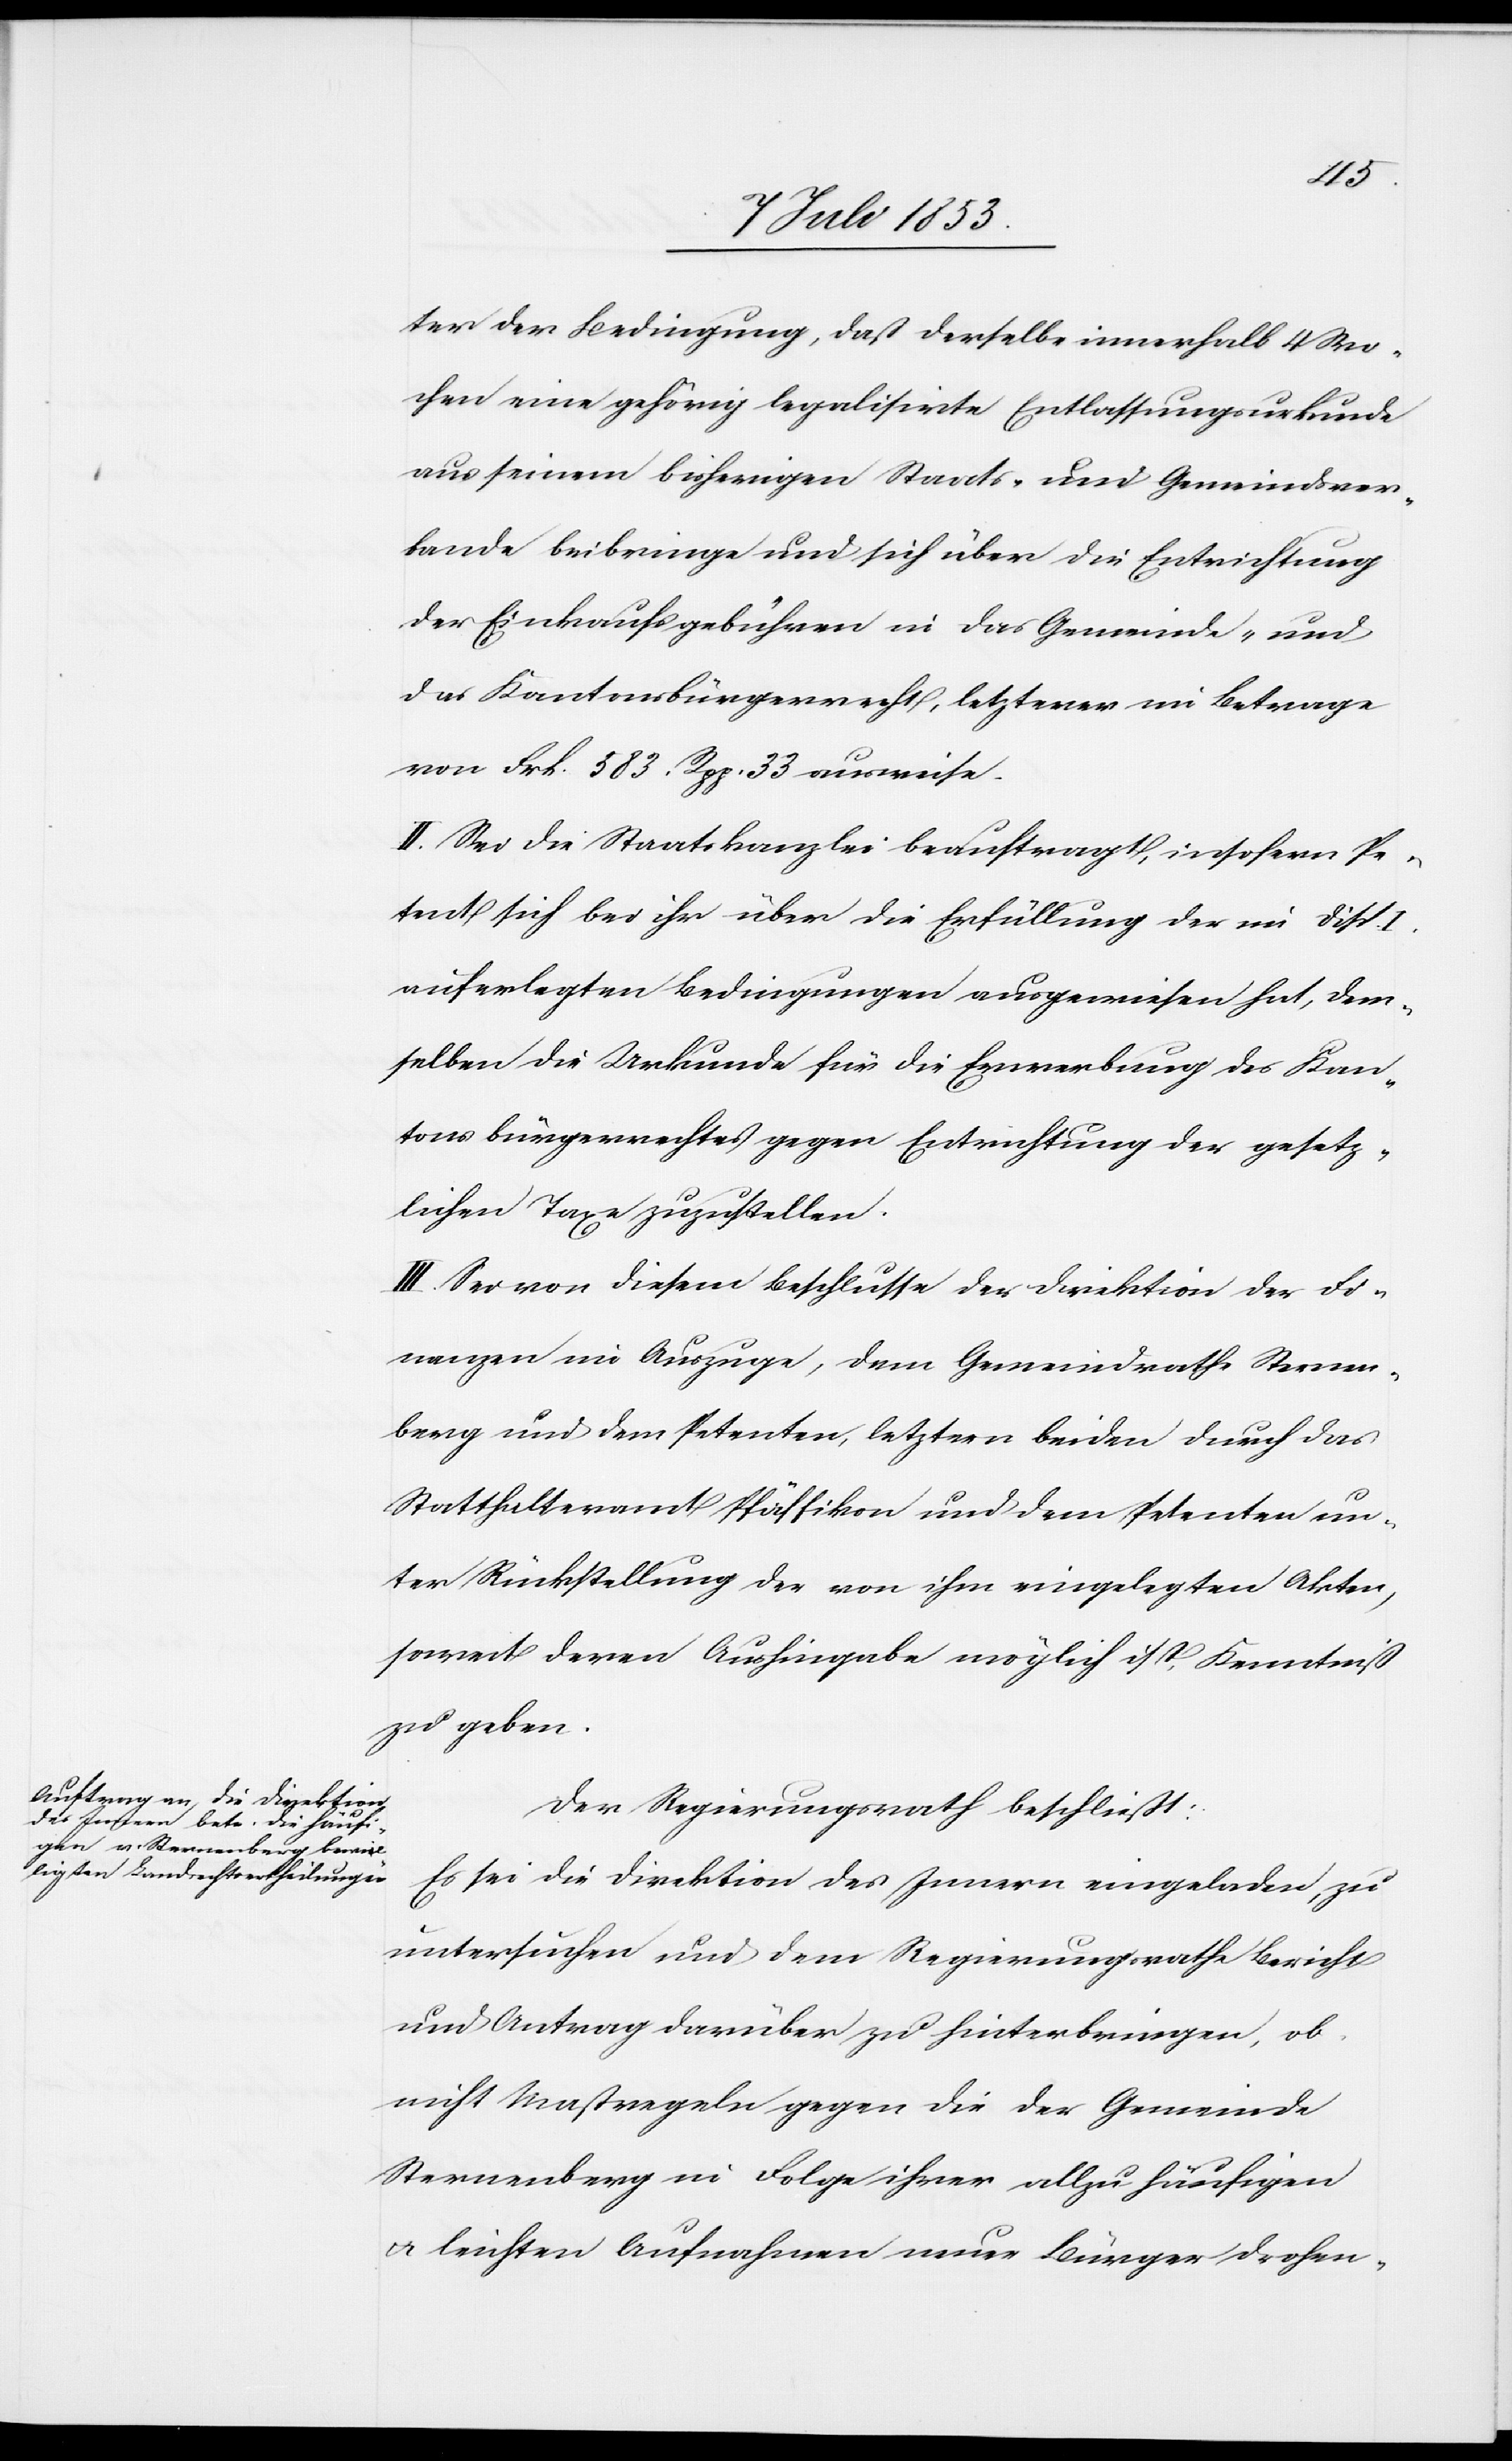
ter der Bedingung, daß derselbe innerhalb 4 Wo¬
chen eine gehörig legalisirte Entlassungsurkunde
aus seinem bisherigen Staats- und Gemeindsver¬
bande beibringe und sich über die Entrichtung
der Einkaufsgebühren in das Gemeinde- und
das Kantonsbürgerrecht, letzterer im Betrage
von Frk. 583. Rpp. 33 ausweise.
II. Sei die Staatskanzlei beauftragt, insofern Pe¬
tent sich bei ihr über die Erfüllung der im Disp. I.
auferlegten Bedingungen ausgewiesen hat, dem¬
selben die Urkunde für die Erwerbung des Kan¬
tonsbürgerrechtes gegen Entrichtung der gesetz¬
lichen Taxe zuzustellen.
III. Sei von diesem Beschlusse der Direktion der Fi¬
nanzen im Auszug, dem Gemeindrathe Sternen¬
berg und dem Petenten, letztern beiden durch das
Statthalteramt Pfäffikon und dem Petenten un¬
ter Rückstellung der von ihm eingelegten Akten,
soweit deren Aushingabe möglich ist, Kenntniß
zu geben.
Der Regierungsrath beschließt:
Es sei die Direktion des Innern eingeladen, zu
untersuchen und dem Regierungsrathe Bericht
und Antrag darüber zu hinterbringen, ob
nicht Maßregeln gegen die der Gemeinde
Sternenberg in Folge ihrer allzu häufigen
u. leichten Aufnahmen neue Bürger drohen-